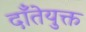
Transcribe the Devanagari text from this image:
दाँतेयुक्त